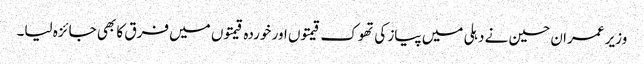
وزیر عمران حسین نے دہلی میں پیاز کی تھوک قیمتوں اور خوردہ قیمتوں میں فرق کا بھی جائزہ لیا۔